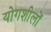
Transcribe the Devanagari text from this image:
योगशीलों